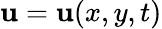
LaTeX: \mathbf{u}=\mathbf{u}(x,y,t)